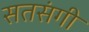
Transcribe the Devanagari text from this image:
सतसंगी